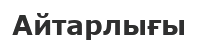
Айтарлығы